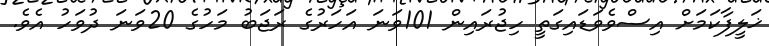
ޚަލީފާކަމަށް އިސްވެވަޑައިގަތީ ހިޖުރައިން 101ވަނަ އަހަރުގެ ރަޖަބު މަހުގެ 20ވަނަ ދުވަހު އެވެ.